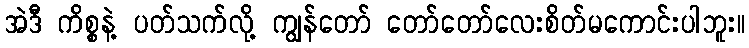
အဲဒီ ကိစ္စနဲ့ ပတ်သက်လို့ ကျွန်တော် တော်တော်လေးစိတ်မကောင်းပါဘူး။